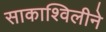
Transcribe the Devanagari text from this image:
साकाश्विलीने